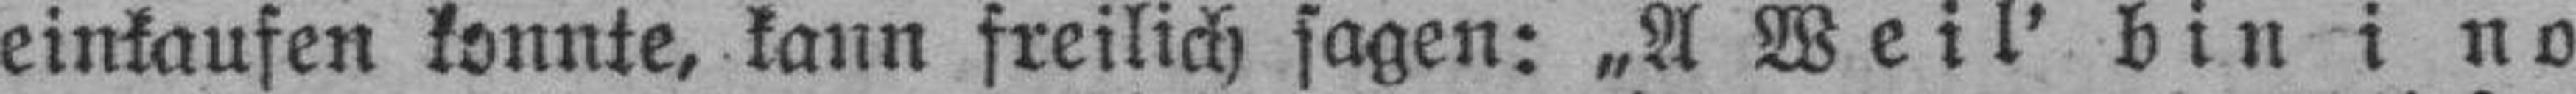
einkaufen konnte, kann freilich sagen: „A Weil' bin i no